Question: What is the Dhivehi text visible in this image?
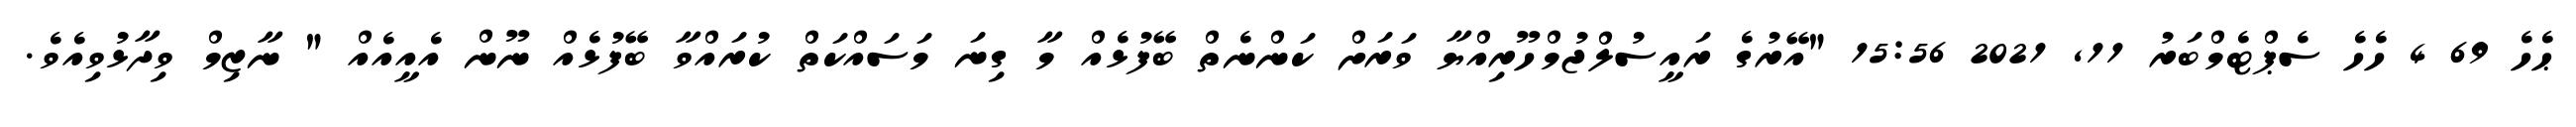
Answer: ޙެހެ 69 4 ހެހެ ސެޕްޓެމްބަރު 11, 2021 15:56 "އޭރުގެ ރައީސުލްޖުމްހޫރިއްޔާ ވަރަށް ކަންނެތް ބޭފުޅެއް މާ ގިނަ މަސައްކަތް ކުރައްވާ ބޭފުޅެއް ނޫން އެއީއެއް " ނާޒިމް ވިދާޅުވިއެވެ.